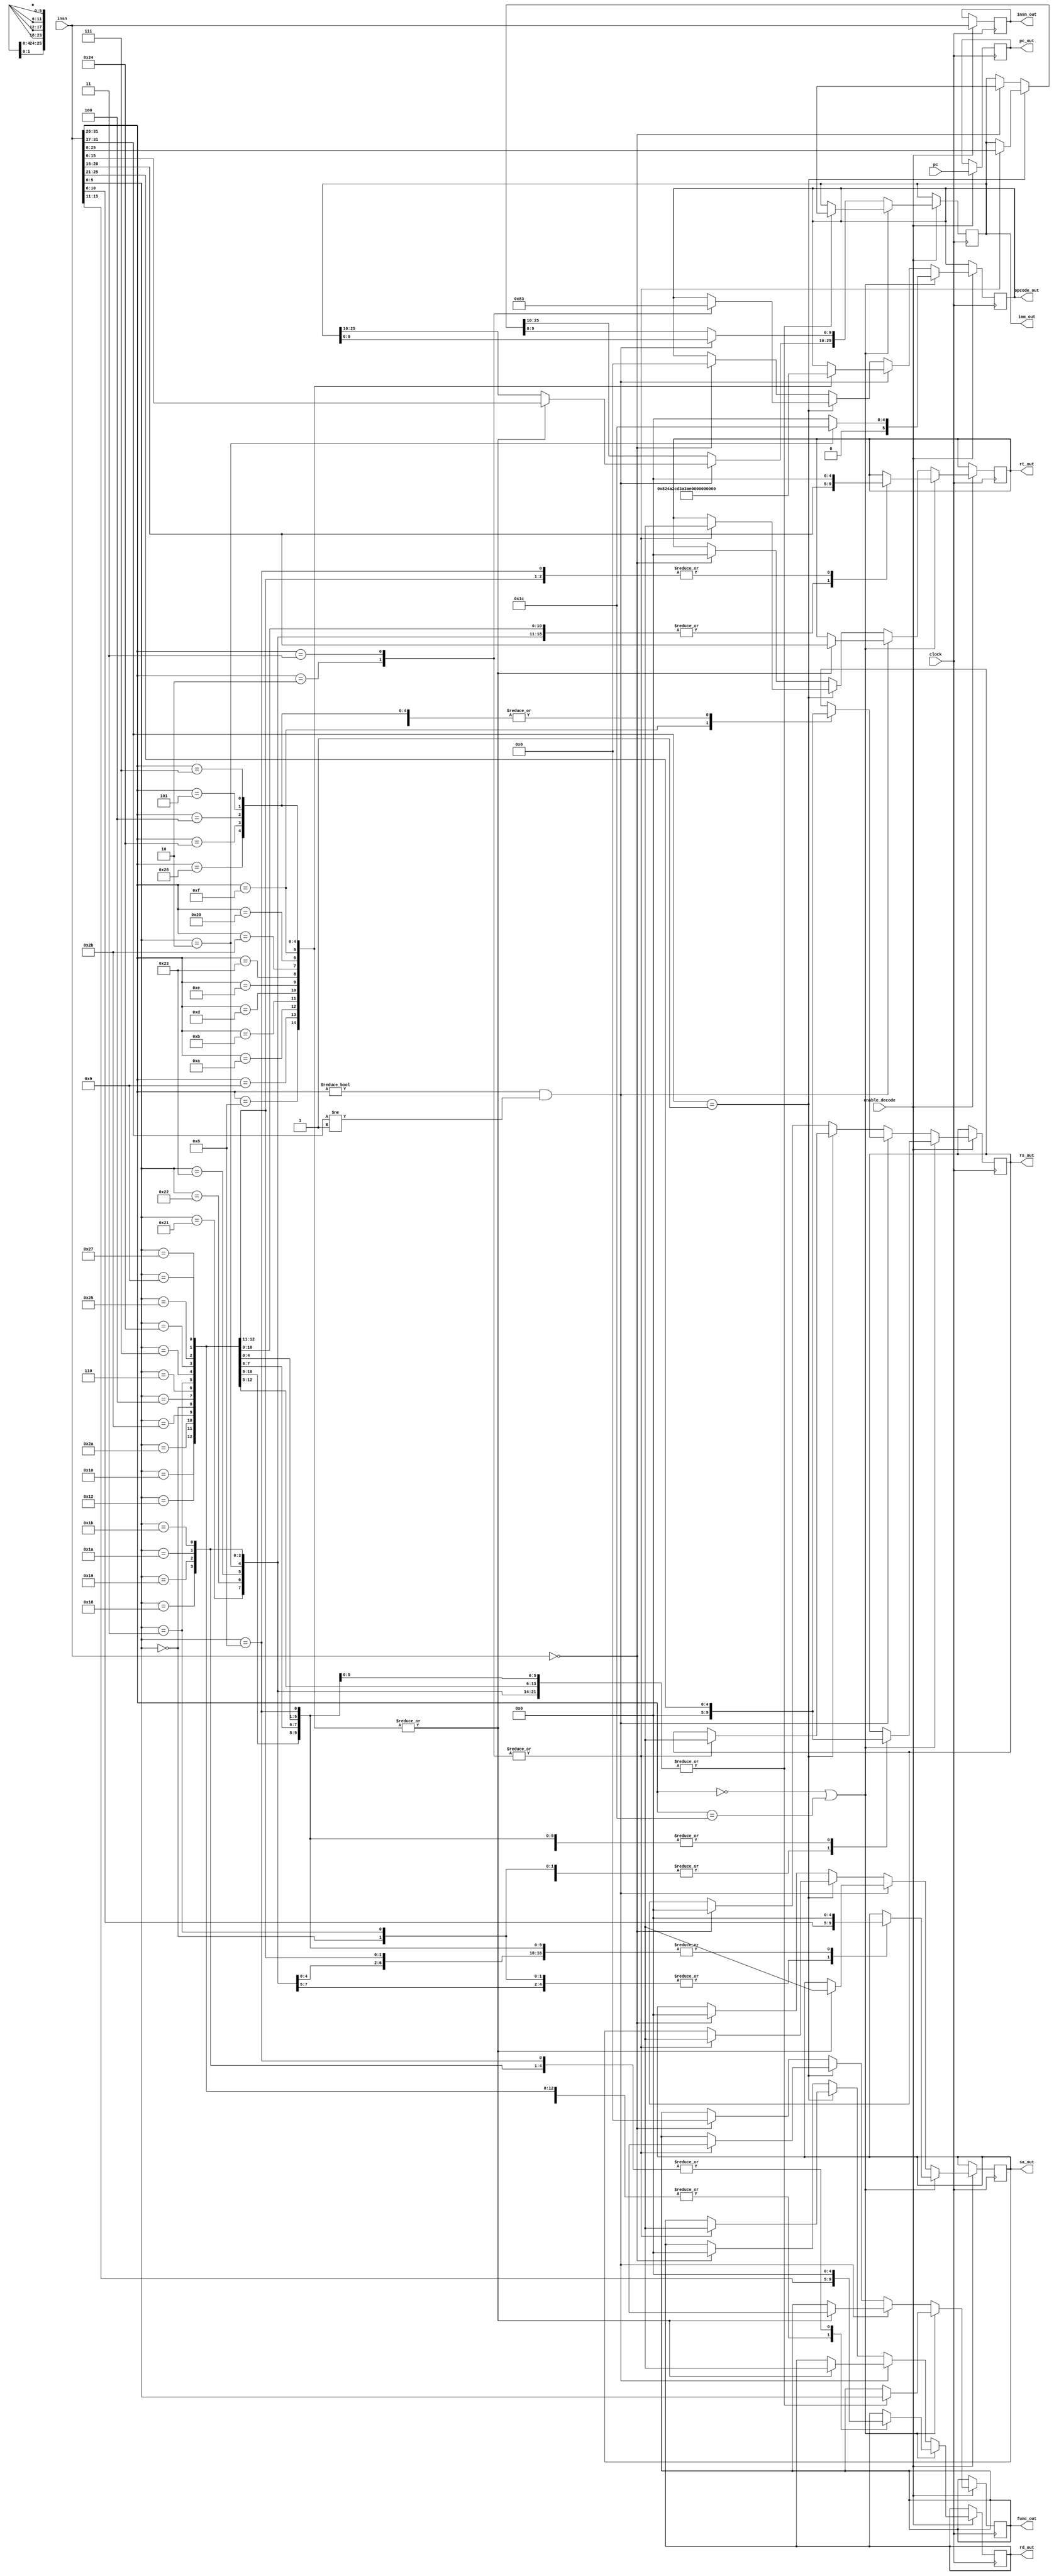
module decode(clock, insn, pc, opcode_out, rs_out, rt_out, rd_out, sa_out, func_out, imm_out, enable_decode, pc_out, insn_out);

// Input ports
input clock;
input [31:0] insn;
input [31:0] pc;

input enable_decode;

// Registers
reg [31:0] pc_reg;

// Output
output reg [5:0] opcode_out;
output reg [4:0] rs_out;
output reg [4:0] rt_out;
output reg [4:0] rd_out;
output reg [4:0] sa_out;
output reg [5:0] func_out;
output reg [25:0] imm_out;

output reg [31:0] pc_out;
output reg [31:0] insn_out;

parameter ADD 	= 6'b100000; //ADD;
parameter ADDU 	= 6'b100001; //ADDU;
parameter SUB	= 6'b100010; //SUB;
parameter SUBU	= 6'b100011; //SUBU;
parameter MULT	= 6'b011000; //MULT;
parameter MULTU = 6'b011001; //MULTU;
parameter DIV	= 6'b011010; //DIV;
parameter DIVU 	= 6'b011011; //DIVU;
parameter MFHI	= 6'b010000; //MFHI;
parameter MFLO 	= 6'b010010; //MFLO;
parameter SLT	= 6'b101010; //SLT;
parameter SLTU	= 6'b101011; //SLTU;
parameter SLL	= 6'b000000; //SLL;
parameter SLLV	= 6'b000100; //SLLV;
parameter SRL	= 6'b000010; //SRL;
parameter SRLV	= 6'b000110; //SRLV;
parameter SRA	= 6'b000011; //SRA;
parameter SRAV	= 6'b000111; //SRAV;
parameter AND	= 6'b100100; //AND;
parameter OR	= 6'b100101; //OR;
parameter XOR	= 6'b100110; //XOR;
parameter NOR	= 6'b100111; //NOR
parameter JALR	= 6'b001001; //JALR;
parameter JR	= 6'b001000; //JR;

parameter MUL_OP = 6'b011100; //MUL OPCODE
parameter MUL_FUNC = 6'b000010;  //MUL FUNCTION CODE

parameter ADDI  = 6'b001000; //ADDI (Used for pseudoinstruction : LI)
parameter ADDIU = 6'b001001; //ADDIU
parameter SLTI  = 6'b001010; //SLTI
parameter SLTIU = 6'b001011; //SLTIU
parameter ORI	= 6'b001101; //ORI
parameter XORI  = 6'b001110; //XORI
parameter LW	= 6'b100011; //LW
parameter SW	= 6'b101011; //SW
parameter LB	= 6'b100000; //LB
parameter LUI   = 6'b001111; //LUI
parameter SB	= 6'b101000; //SB
parameter LBU	= 6'b100100; //LBU
parameter BEQ	= 6'b000100; //BEQ
parameter BNE	= 6'b000101; //BNE
parameter BGTZ	= 6'b000111; //BGTZ

parameter J     = 6'b000010;
parameter JAL	= 6'b000011;

parameter RTYPE = 000000; //R-Type INSN

/*
  Instructions to support
 
1) add, addiu, addu, sub, subu
2) mult, multu, div, divu, mfhi, mflo
3) slt, slti, sltu, sltiu
4) sll, sllv, srl, srlv, sra, srav, and, or, ori, xor, xori, nor
5) lw, sw, li (ori, lui), lb, sb, lbu, move
6) j, jal, jalr, jr, beq, beqz, bne, bnez, bgez, bgtz, blez, bltz
7) nop

R-type insn: 
add, sub, addu, subu, mult, multu, div, divu, mfhi,
mflo, slt, sltu, sll, sllv, srl, srlv, sra, srav,
and, or, xor, nor, jalr, jr, nop

I-type insn:
addiu, slti, slti, sltiu, ori, xori

J-type insn:
j, jal, beq, beqz, bne, bnez, bgez, bgtz, blez, bltz

https://www.student.cs.uwaterloo.ca/~isg/res/mips/opcodes

*/

always @(posedge clock)
begin : DECODE

	if (enable_decode) begin
		pc_out <= pc;
		insn_out <= insn;
		if (insn[31:26] == RTYPE || insn[31:26] == MUL_OP) begin
			// Instruction is R-type
			// Further need to clasify function (add, sub, etc..)
			opcode_out = RTYPE;

			case (insn[5:0])
				ADDU: begin				// Used for MOVE pseudoinsn
					rs_out = insn[25:21];
					rt_out = insn[20:16];
					rd_out = insn[15:11];
					sa_out = insn[10:6];	
					imm_out = 26'bxxxxxxxxxxxxxxxxxxxxxxxxxx;
					func_out = insn[5:0];
				end

				ADDU: begin
					rs_out = insn[25:21];
					rt_out = insn[20:16];
					rd_out = insn[15:11];
					sa_out = insn[10:6];
					imm_out = 26'bxxxxxxxxxxxxxxxxxxxxxxxxxx;
					func_out = insn[5:0];
				end

				SUB: begin
					rs_out = insn[25:21];
					rt_out = insn[20:16];
					rd_out = insn[15:11];
					sa_out = insn[10:6];
					imm_out = 26'bxxxxxxxxxxxxxxxxxxxxxxxxxx;
					func_out = insn[5:0];
				end

				SUBU: begin
					rs_out = insn[25:21];
					rt_out = insn[20:16];
					rd_out = insn[15:11];
					sa_out = insn[10:6];
					imm_out = 26'bxxxxxxxxxxxxxxxxxxxxxxxxxx;
					func_out = insn[5:0];
				end

				MUL_FUNC: begin
					opcode_out = MUL_OP;
					rs_out = insn[25:21];
					rt_out = insn[20:16];
					rd_out = insn[15:11];
					sa_out = 00000;
					imm_out = 26'bxxxxxxxxxxxxxxxxxxxxxxxxxx;
					func_out = insn[5:0];
				end	

				MULT: begin
					rs_out = insn[25:21];
					rt_out = insn[20:16];
					rd_out = 00000;
					sa_out = 00000;
					imm_out = 26'bxxxxxxxxxxxxxxxxxxxxxxxxxx;
					func_out = insn[5:0];
				end

				MULTU: begin
					rs_out = insn[25:21];
					rt_out = insn[20:16];
					rd_out = 00000;
					sa_out = 00000;
					imm_out = 26'bxxxxxxxxxxxxxxxxxxxxxxxxxx;
					func_out = insn[5:0];
				end

				DIV: begin
					rs_out = insn[25:21];
					rt_out = insn[20:16];
					rd_out = 00000;
					sa_out = 00000;
					imm_out = 26'bxxxxxxxxxxxxxxxxxxxxxxxxxx;
					func_out = insn[5:0];
				end

				DIVU: begin
					rs_out = insn[25:21];
					rt_out = insn[20:16];
					rd_out = 00000;
					sa_out = 00000;
					imm_out = 26'bxxxxxxxxxxxxxxxxxxxxxxxxxx;
					func_out = insn[5:0];
				end

				MFHI: begin
					rs_out = 00000;
					rt_out = 00000;
					rd_out = insn[15:11];
					sa_out = 00000;
					imm_out = 26'bxxxxxxxxxxxxxxxxxxxxxxxxxx;
					func_out = insn[5:0];
				end

				MFLO: begin
					rs_out = 00000;
					rt_out = 00000;
					rd_out = insn[15:11];
					sa_out = 00000;
					imm_out = 26'bxxxxxxxxxxxxxxxxxxxxxxxxxx;
					func_out = insn[5:0];
				end

				SLT: begin
					rs_out = insn[25:21];
					rt_out = insn[20:16];
					rd_out = insn[15:11];
					sa_out = 00000;
					imm_out = 26'bxxxxxxxxxxxxxxxxxxxxxxxxxx;
					func_out = insn[5:0];
				end

				SLTU: begin
					rs_out = insn[25:21];
					rt_out = insn[20:16];
					rd_out = insn[15:11];
					sa_out = 00000;
					imm_out = 26'bxxxxxxxxxxxxxxxxxxxxxxxxxx;
					func_out = insn[5:0];
				end

				SLL: begin
					rs_out = 00000;
					rt_out = insn[20:16];
					rd_out = insn[15:11];
					sa_out = insn[15:6];
					imm_out = 26'bxxxxxxxxxxxxxxxxxxxxxxxxxx;
					func_out = insn[5:0];
				end

				SLLV: begin
					rs_out = insn[25:21];
					rt_out = insn[20:16];
					rd_out = insn[15:11];
					sa_out = 00000;
					imm_out = 26'bxxxxxxxxxxxxxxxxxxxxxxxxxx;
					func_out = insn[5:0];
				end

				SRL: begin
					rs_out = 00000;
					rt_out = insn[20:16];
					rd_out = insn[15:11];
					sa_out = insn[10:6];
					func_out = insn[5:0];
				end

				SRLV: begin
					rs_out = insn[25:21];
					rt_out = insn[20:16];
					rd_out = insn[15:11];
					sa_out = 00000;
					imm_out = 26'bxxxxxxxxxxxxxxxxxxxxxxxxxx;
					func_out = insn[5:0];
				end

				SRA: begin
					rs_out = 00000;
					rt_out = insn[20:16];
					rd_out = insn[15:11];
					sa_out = insn[10:6];
					imm_out = 26'bxxxxxxxxxxxxxxxxxxxxxxxxxx;
					func_out = insn[5:0];
				end

				SRAV: begin
					rs_out = insn[25:21];
					rt_out = insn[20:16];
					rd_out = insn[15:11];
					sa_out = 00000;
					imm_out = 26'bxxxxxxxxxxxxxxxxxxxxxxxxxx;
					func_out = insn[5:0];
				end

				AND: begin
					rs_out = insn[25:21];
					rt_out = insn[20:16];
					rd_out = insn[15:11];
					sa_out = 00000;
					imm_out = 26'bxxxxxxxxxxxxxxxxxxxxxxxxxx;
					func_out = insn[5:0];
				end

				OR: begin
					rs_out = insn[25:21];
					rt_out = insn[20:16];
					rd_out = insn[15:11];
					sa_out = 00000;
					imm_out = 26'bxxxxxxxxxxxxxxxxxxxxxxxxxx;
					func_out = insn[5:0];
				end

				NOR: begin
					rs_out = insn[25:21];
					rt_out = insn[20:16];
					rd_out = insn[15:11];
					sa_out = 00000;
					imm_out = 26'bxxxxxxxxxxxxxxxxxxxxxxxxxx;
					func_out = insn[5:0];
				end

				JALR: begin
					rs_out = insn[25:21];
					rt_out = insn[20:16];
					rd_out = insn[15:11];
					sa_out = 00000;
					imm_out = 26'bxxxxxxxxxxxxxxxxxxxxxxxxxx;
					func_out = insn[5:0];
				end

				JR: begin
					rs_out = insn[25:21];
					rt_out = 00000;
					rd_out = 00000;
					sa_out = 00000;
					imm_out = 26'bxxxxxxxxxxxxxxxxxxxxxxxxxx;
					func_out = insn[5:0];
				end
			endcase
		end else if (insn[31:26] != 6'b000000 && insn[31:27] != 5'b00001) begin
			// Instruction is I-Type
			// Further need to classify function (addiu, diviu, etc...)
			case (insn[31:26])
				ADDI: begin
					opcode_out = ADDI;		
					rs_out = insn[25:21];
					rt_out = insn[20:16];
					rd_out = 5'bxxxxx;
					sa_out = 5'bxxxxx;
					imm_out[25:10] = insn[15:0];
					func_out = 6'bxxxx;
				end

				ADDIU: begin
					opcode_out = ADDIU;
					rs_out = insn[25:21];
					rt_out = insn[20:16];
					rd_out = 5'bxxxxx;
					sa_out = 5'bxxxxx;
					imm_out[25:10] = insn[15:0]; // Most significant 16-bits are immediate target
					func_out = 6'bxxxxx;
				end

				SLTI: begin
					opcode_out = SLTI;
					rs_out = insn[25:21];
					rt_out = insn[20:16];
					rd_out = 5'bxxxxx;
					sa_out = 5'bxxxxx;
					imm_out[25:10] = insn[15:0]; // Most significant 16-bits are immediate target
					func_out = 6'bxxxxx;
				end


				SLTIU: begin
					opcode_out = SLTIU;
					rs_out = insn[25:21];
					rt_out = insn[20:16];
					rd_out = 5'bxxxxx;
					sa_out = 5'bxxxxx;
					imm_out[25:10] = insn[15:0]; // Most significant 16-bits are immediate target
					func_out = 6'bxxxxx;
				end

				ORI: begin
					opcode_out = ORI;
					rs_out = insn[25:21];
					rt_out = insn[20:16];
					rd_out = 5'bxxxxx;
					sa_out = 5'bxxxxx;
					imm_out[25:10] = insn[15:0]; // Most significant 16-bits are immediate target
					func_out = 6'bxxxxx;
				end

				XORI: begin
					opcode_out = XORI;
					rs_out = insn[25:21];		
					rt_out = insn[20:16];	
					rd_out = 5'bxxxxx;	
					sa_out = 5'bxxxxx;
					imm_out[25:10] = insn[15:0];   // Most significant 16-bits are immediate target
					func_out = 6'bxxxxx;
				end

				LW: begin
					opcode_out = LW;
					rs_out = insn[25:21];		// BASE
					rt_out = insn[20:16];		// RT
					rd_out = 5'bxxxxx;
					sa_out = 5'bxxxxx;
					imm_out[25:10] = insn[15:0];    // OFFSET
					func_out = 6'bxxxxx;
				end

				SW: begin
					opcode_out = SW;
					rs_out = insn[25:21];		// BASE
					rt_out = insn[20:16];		// RT
					rd_out = 5'bxxxxx;
					sa_out = 5'bxxxxx;
					imm_out[25:10] = insn[15:0];    // OFFSET
					func_out = 6'bxxxxx;
				end

				LB: begin
					opcode_out = LB;
					rs_out = insn[25:21];		
					rt_out = insn[20:16];	
					rd_out = 5'bxxxxx;
					sa_out = 5'bxxxxx;	
					imm_out[25:10] = insn[15:0]; 
					func_out = 6'bxxxxxx;
				end

				LUI: begin
					opcode_out = LUI;
					rs_out = 5'b00000;		
					rt_out = insn[20:16];	
					rd_out = 5'bxxxxx;
					sa_out = 5'bxxxxx;	
					imm_out[25:10] = insn[15:0]; 
					func_out = 6'bxxxxxx;
				end

				SB: begin
					opcode_out = SB;
					rs_out = insn[25:21];		
					rt_out = insn[20:16];	
					rd_out = 5'bxxxxx;
					sa_out = 5'bxxxxx;	
					imm_out[25:10] = insn[15:0]; 
					func_out = 6'bxxxxxx;
				end

				LBU: begin
					opcode_out = LBU;
					rs_out = insn[25:21];		
					rt_out = insn[20:16];	
					rd_out = 5'bxxxxx;
					sa_out = 5'bxxxxx;	
					imm_out[25:10] = insn[15:0]; 
					func_out = 6'bxxxxxx;
				end

				BEQ: begin
					opcode_out = BEQ;
					rs_out = insn[25:21];		
					rt_out = insn[20:16];	
					rd_out = 5'bxxxxx;
					sa_out = 5'bxxxxx;	
					imm_out[25:10] = insn[15:0]; 
					func_out = 6'bxxxxxx;  
				end

				BNE: begin
					opcode_out = BNE;
					rs_out = insn[25:21];		
					rt_out = insn[20:16];	
					rd_out = 5'bxxxxx;
					sa_out = 5'bxxxxx;	
					imm_out[25:10] = insn[15:0]; 
					func_out = 6'bxxxxxx;   
				end

				BGTZ: begin
					opcode_out = BGTZ;
					rs_out = insn[25:21];		
					rt_out = insn[20:16];	
					rd_out = 5'bxxxxx;
					sa_out = 5'bxxxxx;	
					imm_out[25:10] = insn[15:0]; 
					func_out = 6'bxxxxxx;
    
				end
			endcase
		end else if (insn[31:27] == 5'b00001) begin
			// Instruction is J-Type
			case (insn[31:26])
				J: begin
					opcode_out = J;
					rs_out = 5'bxxxxx;
					rt_out = 5'bxxxxx;
					rd_out = 5'bxxxxx;
					sa_out = 5'bxxxxx;
					imm_out[25:0] = insn[25:0];
					func_out = 6'bxxxxxx;
				end

				JAL: begin
					opcode_out = JAL;
					rs_out = 5'bxxxxx;
					rt_out = 5'bxxxxx;
					rd_out = 5'bxxxxx;
					sa_out = 5'bxxxxx;
					imm_out[25:0] = insn[25:0];
					func_out = 6'bxxxxxx;
				end
			endcase
		end else if (insn[31:0] == 32'h00000000) begin
				opcode_out = 000000;
				rs_out = 00000;
				rt_out = 00000;
				rd_out = 00000;
				sa_out = 00000;
				imm_out = 26'bxxxxxxxxxxxxxxxxxxxxxxxxxx;
				func_out = 000000;
		end
	end
end

endmodule